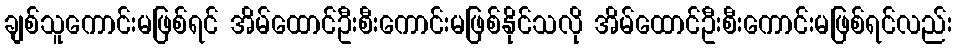
ချစ်သူကောင်းမဖြစ်ရင် အိမ်ထောင်ဦးစီးကောင်းမဖြစ်နိုင်သလို အိမ်ထောင်ဦးစီးကောင်းမဖြစ်ရင်လည်း